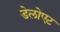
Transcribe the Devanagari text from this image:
डेलोएट